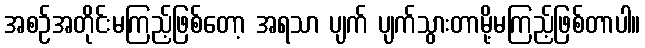
အစဉ်အတိုင်းမကြည့်ဖြစ်တော့ အရသာ ပျက် ပျက်သွားတာမို့မကြည့်ဖြစ်တာပါ။